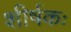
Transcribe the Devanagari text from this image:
शीर्षकः